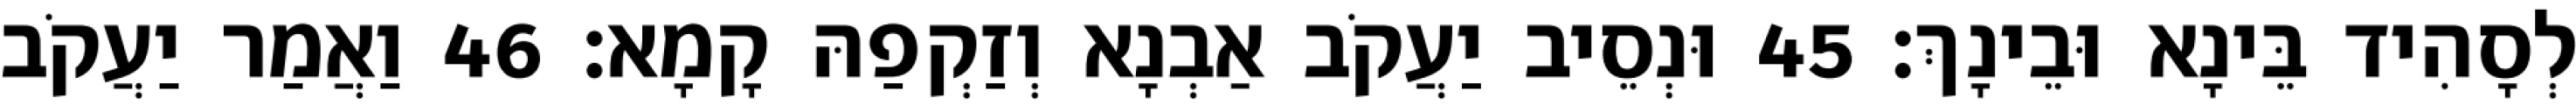
לְסָהִיד בֵּינָא וּבֵינָךְ׃ 45 וּנְסֵיב יַעֲקֹב אַבְנָא וְזַקְפַהּ קָמָא׃ 46 וַאֲמַר יַעֲקֹב